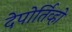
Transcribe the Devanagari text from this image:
देपोर्तिव्हो